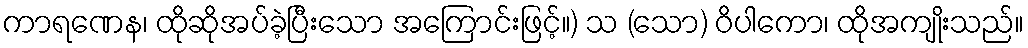
ကာရဏေန၊ ထိုဆိုအပ်ခဲ့ပြီးသော အကြောင်းဖြင့်။) သ (သော) ဝိပါကော၊ ထိုအကျိုးသည်။